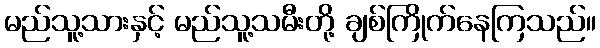
မည်သူ့သားနှင့် မည်သူ့သမီးတို့ ချစ်ကြိုက်နေကြသည်။